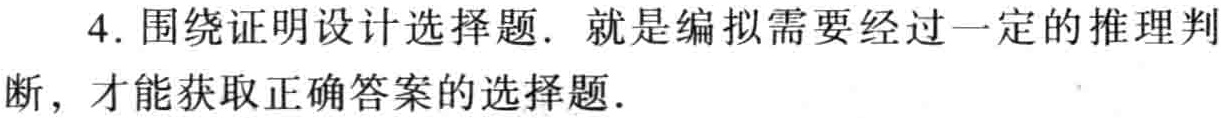
4. 围绕证明设计选择题. 就是编拟需要经过一定的推理判断，才能获取正确答案的选择题.